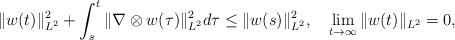
LaTeX: \begin{align*}\|w(t)\|_{L^{2}}^{2}+\int^{t}_{s}\|\nabla\otimes w(\tau)\|_{L^{2}}^{2}d\tau\leq\|w(s)\|_{L^{2}}^{2},\quad\lim\limits_{t\rightarrow\infty}\|w(t)\|_{L^{2}}=0,\end{align*}